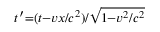
\scriptstyle t ^ { \prime } = ( t - v x / c ^ { 2 } ) / { \sqrt { 1 - v ^ { 2 } / c ^ { 2 } } }